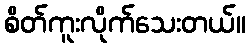
စိတ်ကူးလိုက်သေးတယ်။